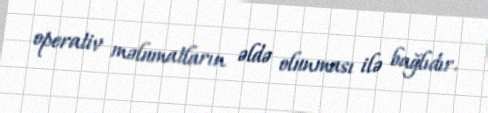
operativ məlumatların əldə olunması ilə bağlıdır.